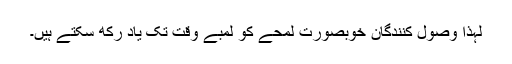
لہذا وصول کنندگان خوبصورت لمحے کو لمبے وقت تک یاد رکھ سکتے ہیں۔